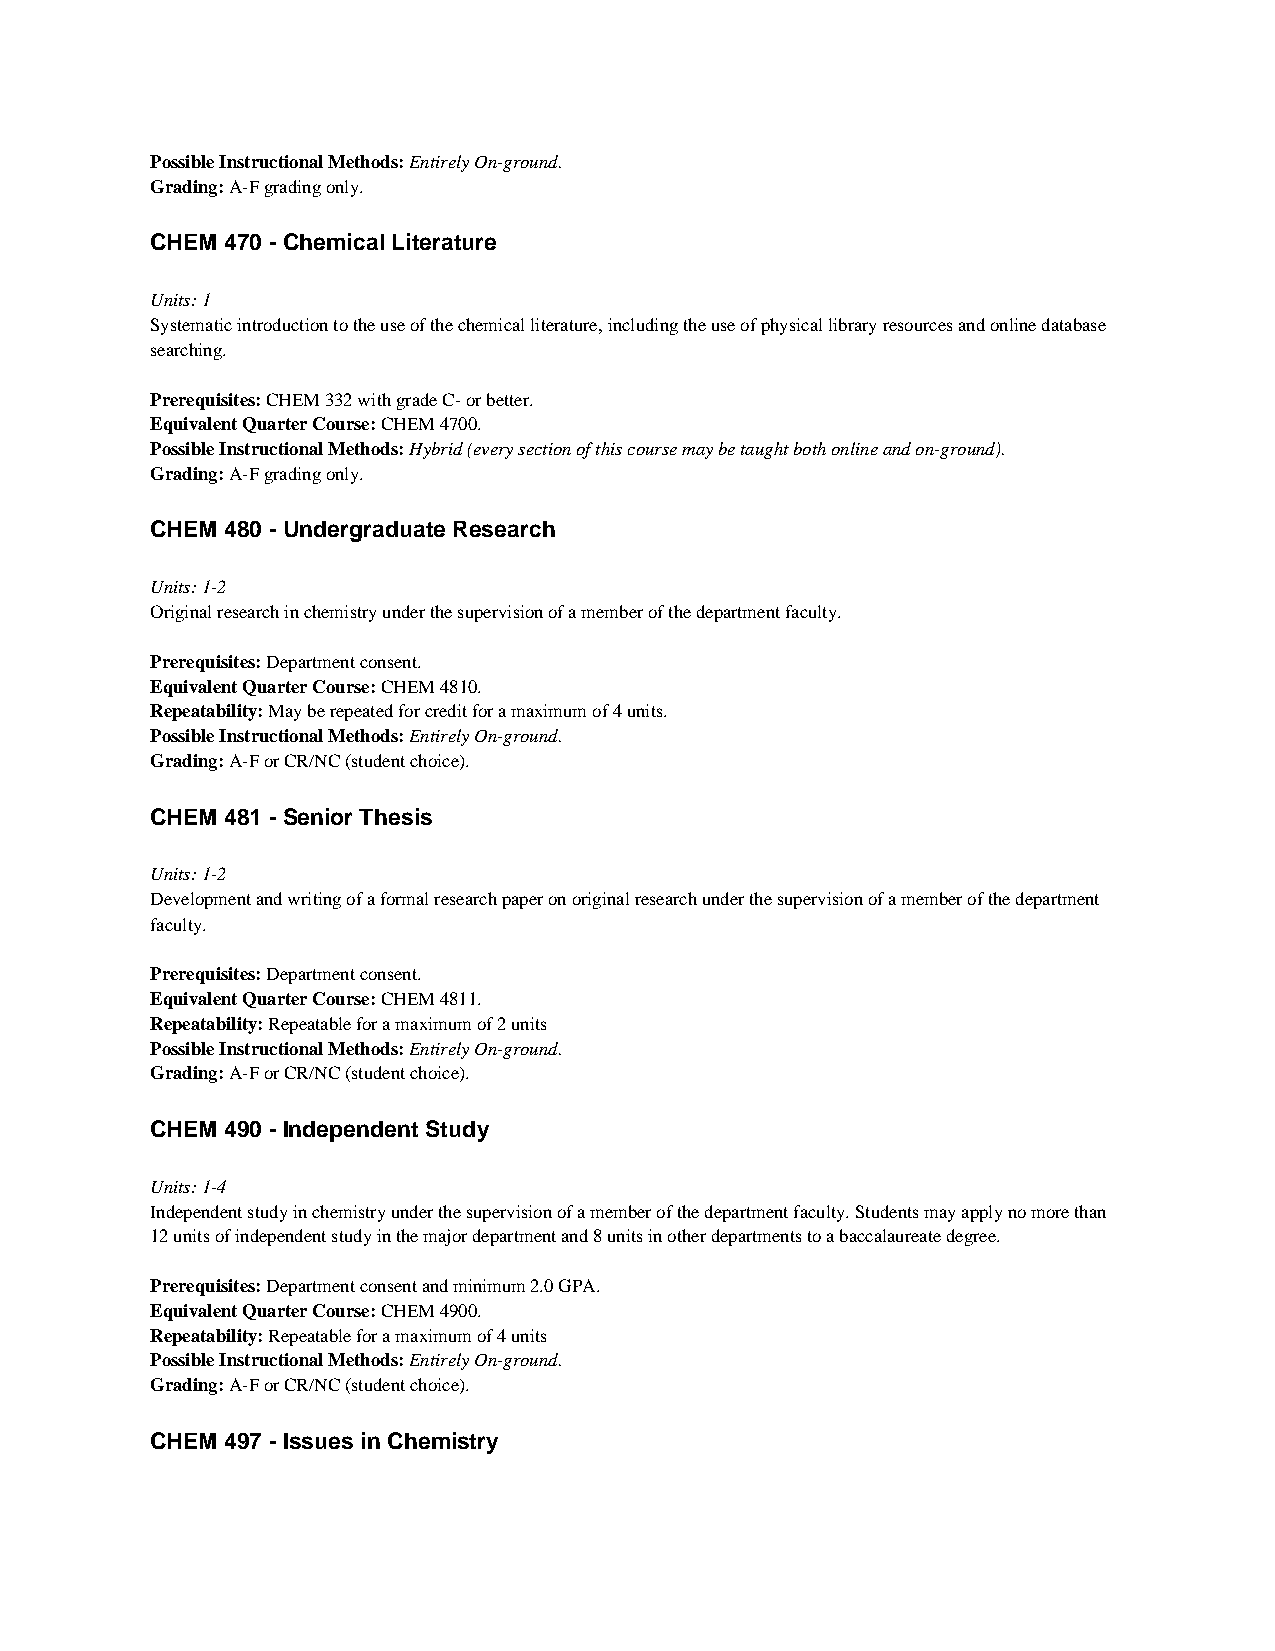
Possible Instructional Methods: Entirely On-ground.
 Grading: A-F grading only.
 CHEM 470 - Chemical Literature
 Units: 1
 Systematic introduction to the use of the chemical literature, including the use of physical library resources and online database
 searching.
 Prerequisites: CHEM 332 with grade C- or better.
 Equivalent Quarter Course: CHEM 4700.
 Possible Instructional Methods: Hybrid (every section of this course may be taught both online and on-ground).
 Grading: A-F grading only.
 CHEM 480 - Undergraduate Research
 Units: 1-2
 Original research in chemistry under the supervision of a member of the department faculty.
 Prerequisites: Department consent.
 Equivalent Quarter Course: CHEM 4810.
 Repeatability: May be repeated for credit for a maximum of 4 units.
 Possible Instructional Methods: Entirely On-ground.
 Grading: A-F or CR/NC (student choice).
 CHEM 481 - Senior Thesis
 Units: 1-2
 Development and writing of a formal research paper on original research under the supervision of a member of the department
 faculty.
 Prerequisites: Department consent.
 Equivalent Quarter Course: CHEM 4811.
 Repeatability: Repeatable for a maximum of 2 units
 Possible Instructional Methods: Entirely On-ground.
 Grading: A-F or CR/NC (student choice).
 CHEM 490 - Independent Study
 Units: 1-4
 Independent study in chemistry under the supervision of a member of the department faculty. Students may apply no more than
 12 units of independent study in the major department and 8 units in other departments to a baccalaureate degree.
 Prerequisites: Department consent and minimum 2.0 GPA.
 Equivalent Quarter Course: CHEM 4900.
 Repeatability: Repeatable for a maximum of 4 units
 Possible Instructional Methods: Entirely On-ground.
 Grading: A-F or CR/NC (student choice).
 CHEM 497 - Issues in Chemistry